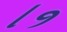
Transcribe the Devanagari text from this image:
।१